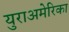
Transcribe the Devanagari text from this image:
युराअमेरिका